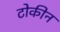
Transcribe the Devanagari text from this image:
टोकीन